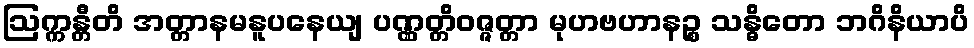
ဩက္ကန္တီတိ အတ္တာနမနူပနေယျ ပဏ္ဏတ္တိဝဇ္ဇတ္တာ မုဟဗဟာနဉ္စ သန္ဓိတော ဘဂိနိယာပိ